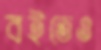
বইতেও